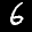
Label: 6